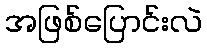
အဖြစ်ပြောင်းလဲ